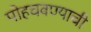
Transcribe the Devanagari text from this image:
पोहचवण्याची